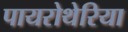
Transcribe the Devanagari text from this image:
पायरोथेरिया